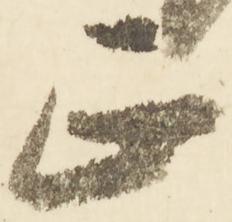
正